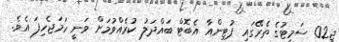
ޖީ02 ސަމިޓުގެ ތެރޭގައި ޕުޓިންއާ އެބޮޓް ބައްދަލު ކުރެއްވުމަށް ވަނީ ހަމަޖެހިފަ އެވެ.